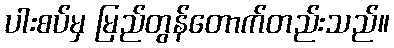
ပါးစပ်မှ မြည်တွန်တောက်တည်းသည်။